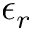
\epsilon _ { r }